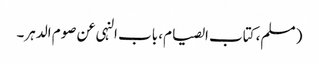
( مسلم، کتاب الصیام، باب النہی عن صوم الدہر۔